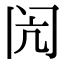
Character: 闶